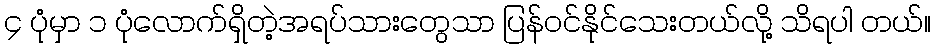
၄ ပုံမှာ ၁ ပုံလောက်ရှိတဲ့အရပ်သားတွေသာ ပြန်ဝင်နိုင်သေးတယ်လို့ သိရပါ တယ်။